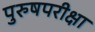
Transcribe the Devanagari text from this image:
पुरुषपरीक्षा